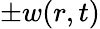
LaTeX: \pm w(r,t)